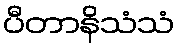
ပီတာနိသံသံ